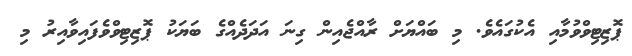
ޕޮޒިޓިވްވުމާއި އެކުގައެވެ. މި ބައްޔަށް ރާއްޖެއިން ގިނަ އަދަދެއްގެ ބަޔަކު ޕޮޒިޓިވްވެފައިވާއިރު މި